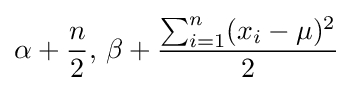
\alpha +{\frac {n}{2}},\,\beta +{\frac {\sum _{i=1}^{n}(x_{i}-\mu )^{2}}{2}}\!